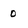
Character: 0